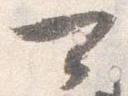
可